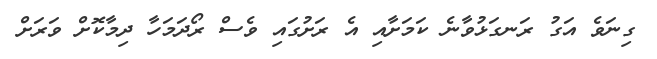
ގިނަވެ އަގު ރަނގަޅުވާނެ ކަމަށާއި އެ ރަށުގައި ވެސް ރޯދަމަހާ ދިމާކޮށް ވަރަށް